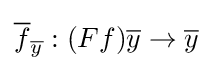
{\overline {f}}_{\overline {y}}:(Ff){\overline {y}}\to {\overline {y}}